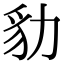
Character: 𧲡